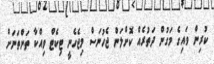
ކުރިން ވައިގެ މަގުން ދަތުރެއް ކޮށްލަން ޖެހުނަސް މިޖެހެނީ ޓިކެޓް ވިއްކާ ތަންތަނަށް